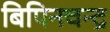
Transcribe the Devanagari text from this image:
बिपिनचन्द्र